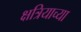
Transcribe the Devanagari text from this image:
क्षत्रियाच्या